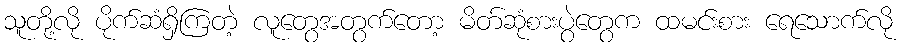
သူတို့လို ပိုက်ဆံရှိကြတဲ့ လူတွေအတွက်တော့ မိတ်ဆုံစားပွဲတွေက ထမင်းစား ရေသောက်လို